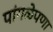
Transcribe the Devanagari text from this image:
पांगळेपणा